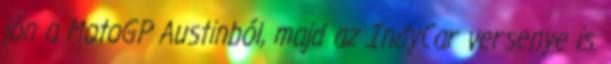
jön a MotoGP Austinból, majd az IndyCar versenye is.